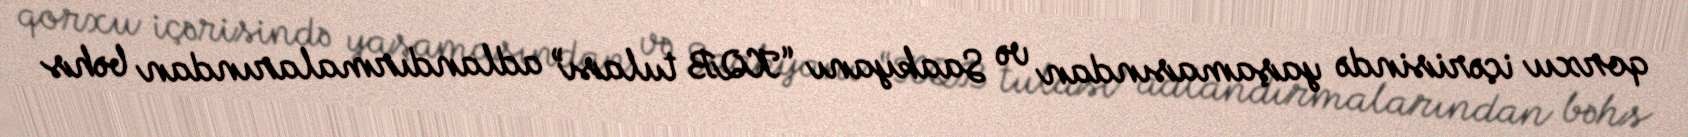
qorxu içərisində yaşamasından və Saakyanı “KQB tulası” adlandırmalarından bəhs